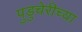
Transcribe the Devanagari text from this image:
पुडुचेरीच्या